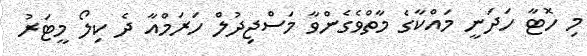
މި ހޮޓާ ހަދަނީ މައްކާގެ މާތްވެގެންވާ މަސްޖިދުލް ހަރަމްއާ ދެ ކިލޯ މީޓަރު